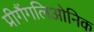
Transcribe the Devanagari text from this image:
प्रीगैंगलिओनिक